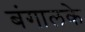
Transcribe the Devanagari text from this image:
बंगालके